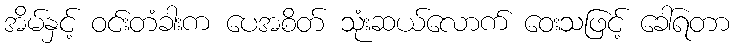
အိမ်နှင့် ဝင်းတံခါးက ပေအစိတ် သုံးဆယ်လောက် ဝေးသဖြင့် ခေါ်ရတာ